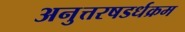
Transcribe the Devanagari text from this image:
अनुत्तरषडर्धक्रम